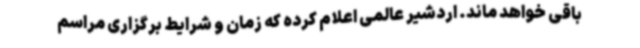
باقی خواهد ماند. اردشیر عالمی اعلام کرده که زمان و شرایط برگزاری مراسم